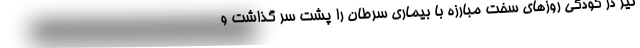
نیز در کودکی روزهای سخت مبارزه با بیماری سرطان را پشت سر گذاشت و